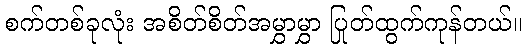
စက်တစ်ခုလုံး အစိတ်စိတ်အမွှာမွှာ ပြုတ်ထွက်ကုန်တယ်။